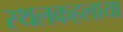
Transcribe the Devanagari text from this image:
स्थलकहलाया